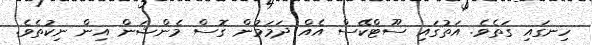
ހިނގައި ގަތެވެ. އަތުގައި ސޫޓްކޭސް އެއް ދަމަމުން ގޮސް މެންޝަން އިން ނިކުތެވެ.